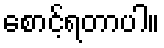
စောင့်ရတာပါ။